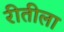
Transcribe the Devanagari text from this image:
रीतीला